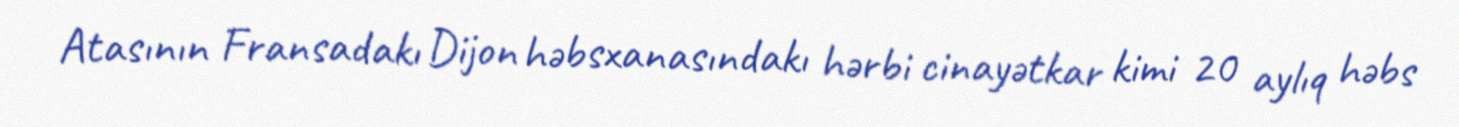
Atasının Fransadakı Dijon həbsxanasındakı hərbi cinayətkar kimi 20 aylıq həbs